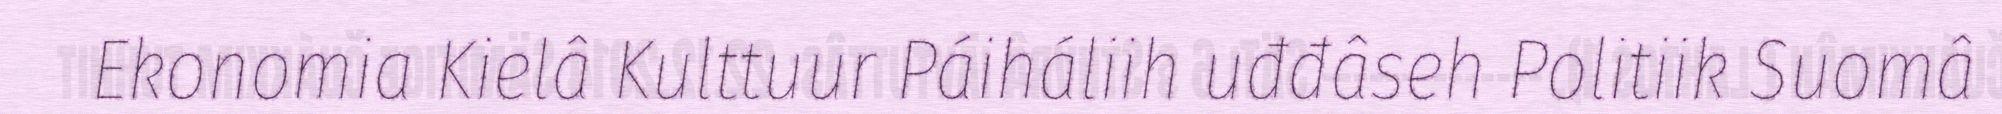
Ekonomia Kielâ Kulttuur Páiháliih uđđâseh Politiik Suomâ